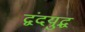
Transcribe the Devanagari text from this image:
द्वंदयुद्ध